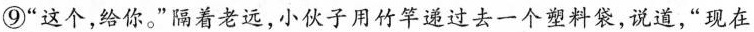
⑨“这个，给你”隔着老远，小伙子用竹竿递过去一个塑料袋，说道，“现在